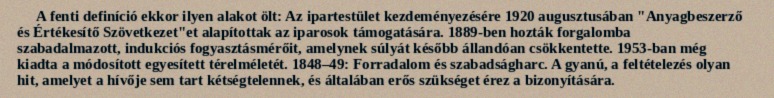
A fenti definíció ekkor ilyen alakot ölt: Az ipartestület kezdeményezésére 1920 augusztusában "Anyagbeszerző és Értékesítő Szövetkezet"et alapítottak az iparosok támogatására. 1889-ben hozták forgalomba szabadalmazott, indukciós fogyasztásmérőit, amelynek súlyát később állandóan csökkentette. 1953-ban még kiadta a módosított egyesített térelméletét. 1848–49: Forradalom és szabadságharc. A gyanú, a feltételezés olyan hit, amelyet a hívője sem tart kétségtelennek, és általában erős szükséget érez a bizonyítására.